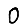
Digit: 0